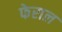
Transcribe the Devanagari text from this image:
फेराल